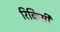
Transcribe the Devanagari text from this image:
रिकिसी